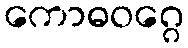
ကောဓဝဂ္ဂေ